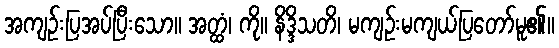
အကျဉ်းပြအပ်ပြီးသော။ အတ္ထံ၊ ကို။ နိဒ္ဒိသတိ၊ မကျဉ်းမကျယ်ပြတော်မူ၏။